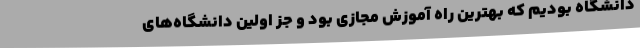
دانشگاه بودیم که بهترین راه آموزش مجازی بود و جز اولین دانشگاه‌های